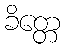
ခိတ္တေ